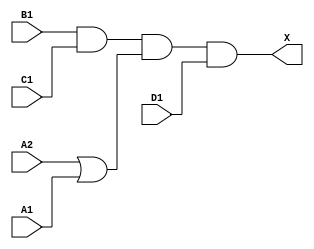
module sky130_fd_sc_ls__o2111a_5 (
    X ,
    A1,
    A2,
    B1,
    C1,
    D1
);
    output X ;
    input  A1;
    input  A2;
    input  B1;
    input  C1;
    input  D1;
    wire or0_out   ;
    wire and0_out_X;
    or  or0  (or0_out   , A2, A1             );
    and and0 (and0_out_X, B1, C1, or0_out, D1);
    buf buf0 (X         , and0_out_X         );
endmodule